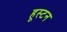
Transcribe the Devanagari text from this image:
हूस्टन